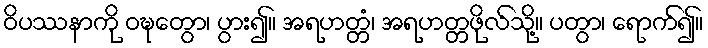
ဝိပဿနာကို ဝဍ္ဎေတွာ၊ ပွား၍။ အရဟတ္တံ၊ အရဟတ္တဖိုလ်သို့။ ပတွာ၊ ရောက်၍။